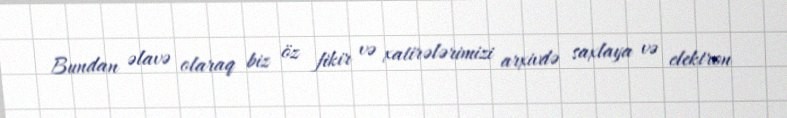
Bundan əlavə olaraq biz öz fikir və xatirələrimizi arxivdə saxlaya və elektron